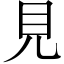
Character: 見